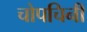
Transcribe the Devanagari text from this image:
चोपचिनी